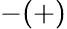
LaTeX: -(+)